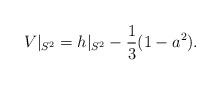
LaTeX: \begin{align*}V|_{S^2} = h|_{S^2} - \frac 13 (1-a^2).\end{align*}